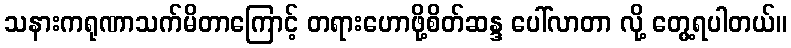
သနားကရုဏာသက်မိတာကြောင့် တရားဟောဖို့စိတ်ဆန္ဒ ပေါ်လာတာ လို့ တွေ့ရပါတယ်။